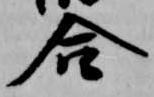
合